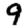
Digit: 9